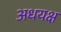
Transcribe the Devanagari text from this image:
अधयक्ष